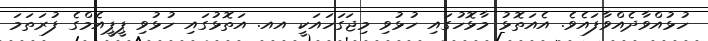
ހުޅުއްވާދެއްވާފައެވެ. އެއަތޮޅު މާޅޮހުގައި ހުޅުވި މިޖަގަހައަކީ އއ. އަތޮޅުގައި ހުޅުވި ޕީޕީއެމްގެ ފުރަތަމަ